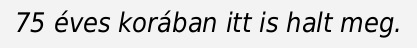
75 éves korában itt is halt meg.